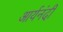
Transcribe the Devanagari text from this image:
आर्यनंदी